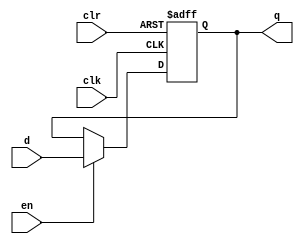
`timescale 1ns / 1ps
//////////////////////////////////////////////////////////////////////////////////
// Company: 
// 
// Design Name: 
// Module Name:    ff 
// Project Name: 
// Target Devices: 
// Tool versions: 
// Description: 
//
// Dependencies: 
//
// Revision: 
// Revision 0.01 - File Created
// Additional Comments: 
//
//////////////////////////////////////////////////////////////////////////////////
module ff(
		input d,clk,clr,en,
		output reg q
    );
	 
	 always@(posedge clk, posedge clr)
		if(clr)
			q <= 0;
		else if(en)
			q <= d;

endmodule